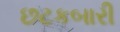
છટકબારી